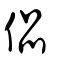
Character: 偘